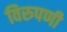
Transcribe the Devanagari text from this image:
विरुपणी